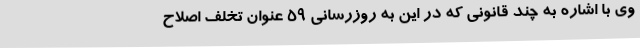
وی با اشاره به چند قانونی که در این به روزرسانی 59 عنوان تخلف اصلاح